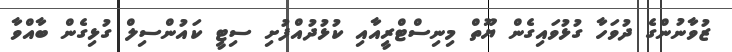
ޒުވާނުންގެ ދުވަހާ ގުޅުވައިގެން ޔޫތް މިނިސްޓްރީއާއި ކުޅުދުއްފުށި ސިޓީ ކައުންސިލް ގުޅިގެން ބާއްވާ